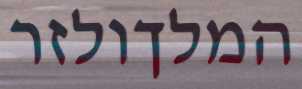
המלךולזר